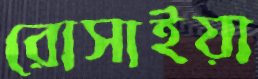
রোসাইয়া